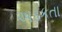
અડકતા